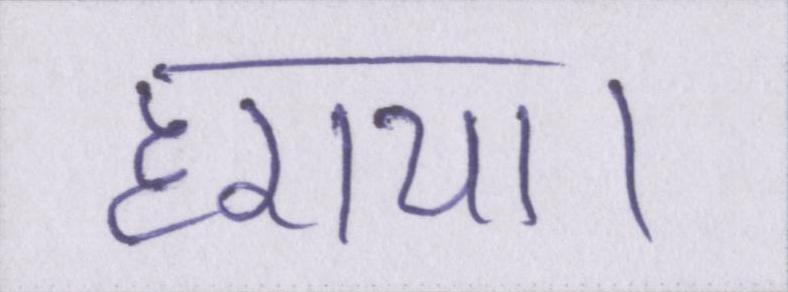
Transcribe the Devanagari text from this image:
हराया।